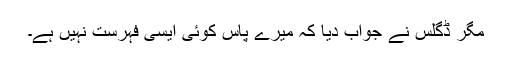
مگر ڈگلس نے جواب دیا کہ میرے پاس کوئی ایسی فہرست نہیں ہے۔